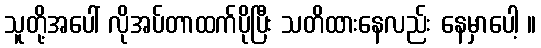
သူတို့အပေါ် လိုအပ်တာထက်ပိုပြီး သတိထားနေလည်း နေမှာပေါ့ ။